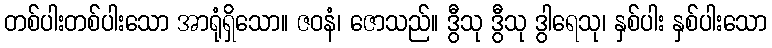
တစ်ပါးတစ်ပါးသော အာရုံရှိသော။ ဇဝနံ၊ ဇောသည်။ ဒွီသု ဒွီသု ဒွါရေသု၊ နှစ်ပါး နှစ်ပါးသော